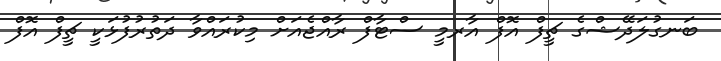
ބަނގުލަދޭޝްގެ ޗީފް އޮފް އާރމީ ސްޓާފް ރާއްޖެއަށް މިކުރައްވާ ދަތުރުފުޅަކީ ޗީފް އޮފް